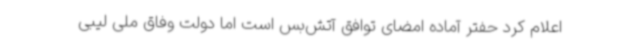
اعلام کرد حفتر آماده امضای توافق آتش‌بس است اما دولت وفاق ملی لیبی